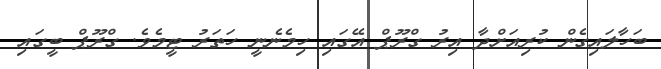
ބަހާލައިގެން ކުރިއަށްދާ އިރު ގްރޫޕް އޭގައި ހިމެނެނީ ހަތަރު ޓީމެވެ. ގްރޫޕް ބީގައި